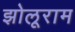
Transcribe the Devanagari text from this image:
झोलूराम